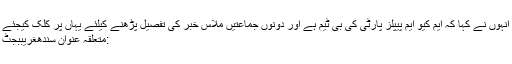
انہوں نے کہا کہ ایم کیو ایم پیپلز پارٹی کی بی ٹیم ہے اور دونوں جماعتیں ملاس خبر کی تفصیل پڑھنے کیلئے یہاں پر کلک کیجئے
:متعلقہ عنوان سندھغریببجٹ